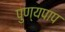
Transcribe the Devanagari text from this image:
पुण्यपाप